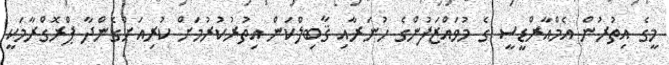
މީގެ އިތުރުން އެމްއާރްޑީސީ ގެ މުވައްޒަފުންގެ ހުނަރާއި ޤާބިލްކަން އިތުރުކުރުމަށް ކުރިއަށްގެންދާ ޕްރޮގްރާމަކީ